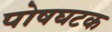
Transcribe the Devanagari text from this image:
पोषघटक